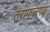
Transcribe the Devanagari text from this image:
तराफलगढ़